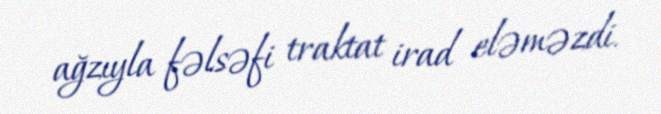
ağzıyla fəlsəfi traktat irad eləməzdi.